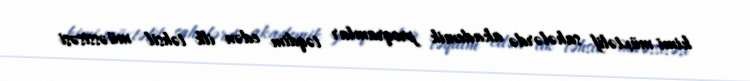
kimi müxtəlif sahələrdə akademik proqramlar təqdim edən ilk təhsil müəssisəsi